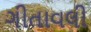
ગીતાવલી